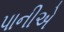
પાનીએ